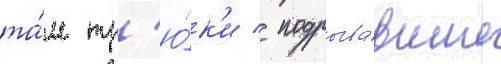
та́м тр'ю́к'и / подрыва́вшие